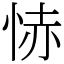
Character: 㤸